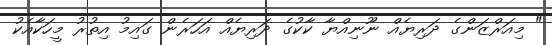
" މިއަރްޒަންގެ ދަރިޔެއް ނޫނިއްޔާ ކާކުގެ ދަރިޔެއް އަހަރެން ގައިމު އިތުރު މީހަކާއެކު